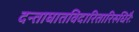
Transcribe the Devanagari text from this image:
दन्ताघातविदारितारिरुधिरैः